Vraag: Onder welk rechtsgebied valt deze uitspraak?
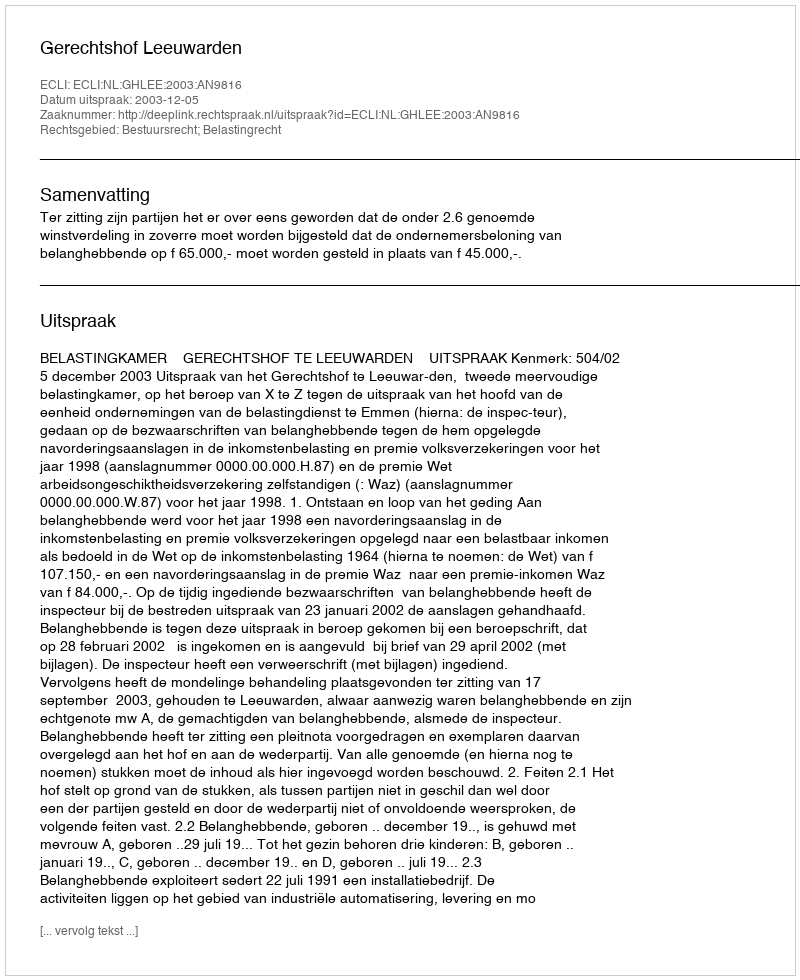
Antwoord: Bestuursrecht; Belastingrecht